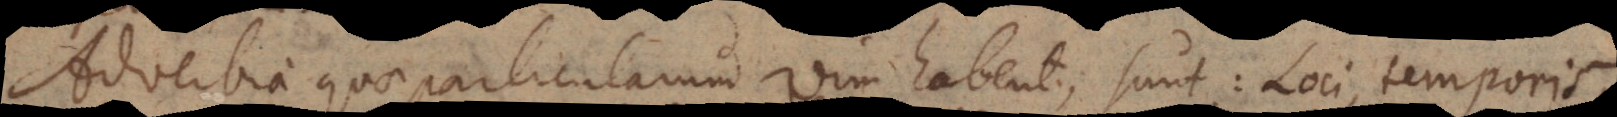
Adverbia quae particularum vim habent, sunt: Loci, temporis,